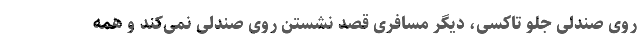
روی صندلی جلو تاکسی، دیگر مسافری قصد نشستن روی صندلی نمی‌کند و همه